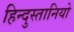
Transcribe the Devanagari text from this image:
हिन्दुस्तानियो